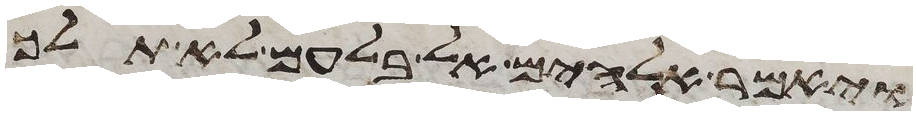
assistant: ויאמר אלהים אל בלעם לא תלך